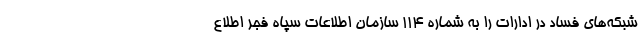
شبکه‌های فساد در ادارات را به شماره ۱۱۴ سازمان اطلاعات سپاه فجر اطلاع